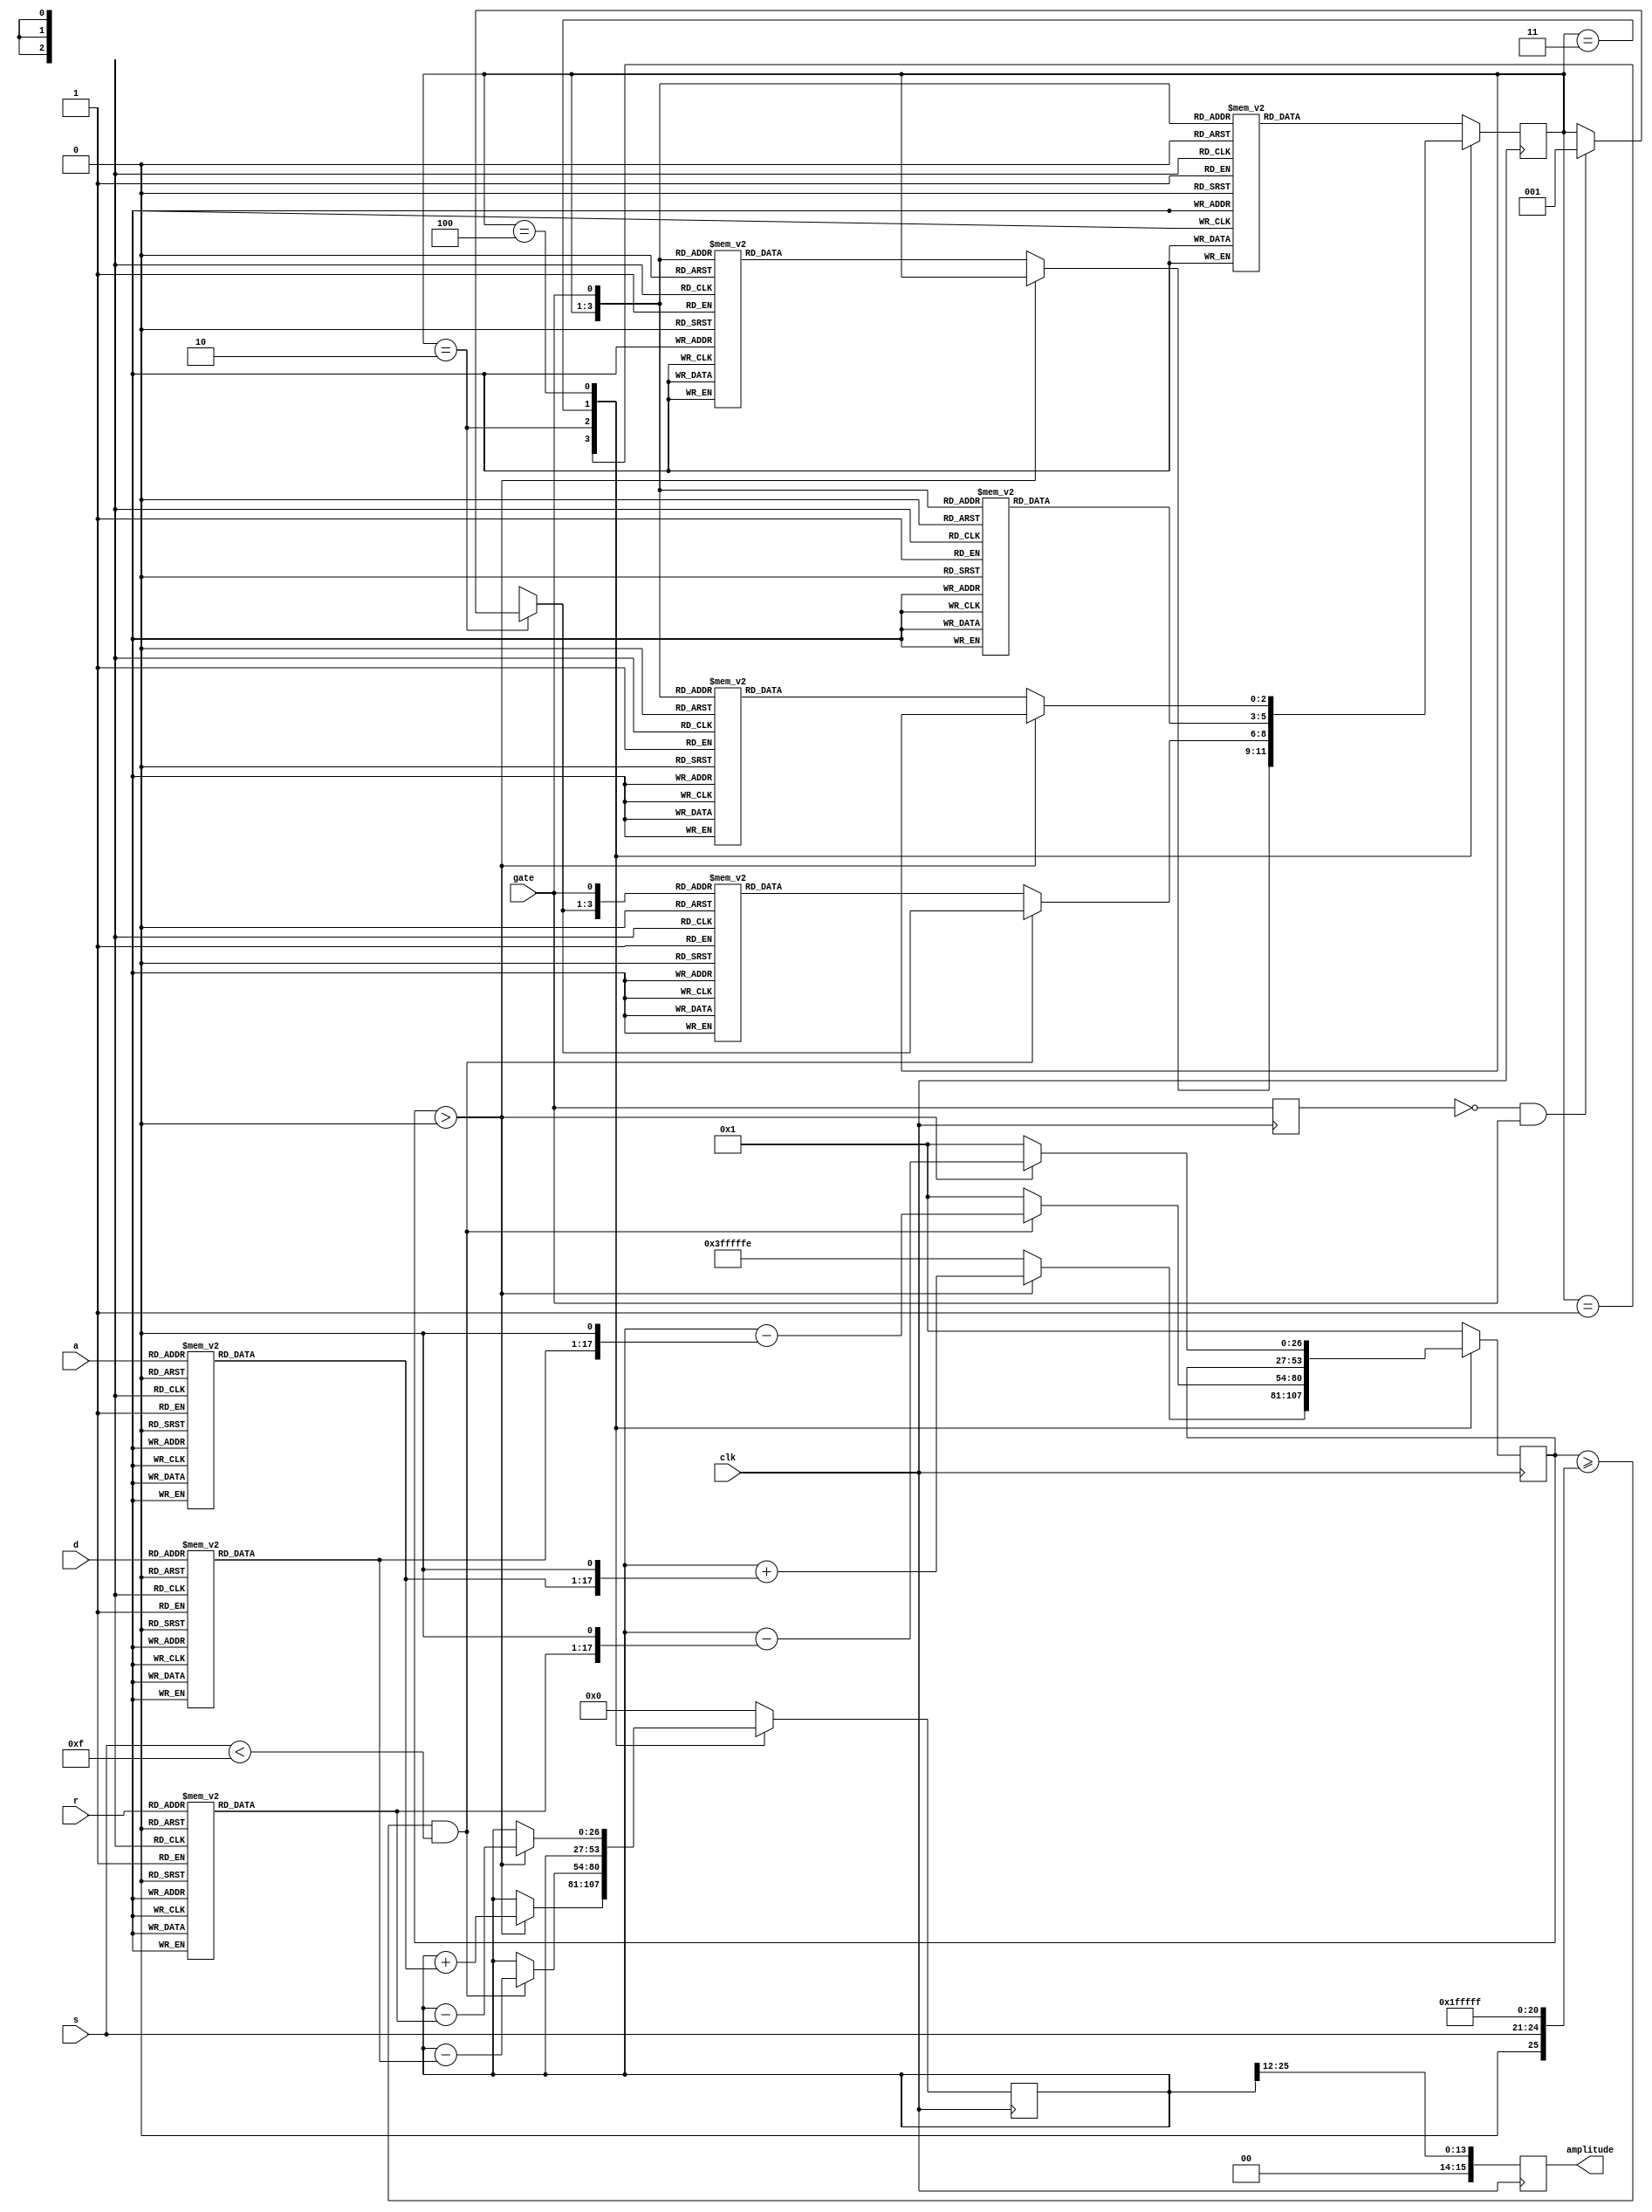
module envelope_generator #(
  parameter BITSIZE = 16,
  parameter SAMPLE_CLK_FREQ = 44100,
  parameter ACCUMULATOR_BITS = 26
) (
  input wire clk,
  input wire gate,
  input wire [3:0] a,
  input wire [3:0] d,
  input wire [3:0] s,
  input wire [3:0] r,
  output reg signed [BITSIZE-1:0] amplitude,
);

  localparam  ACCUMULATOR_SIZE = 2**ACCUMULATOR_BITS;
  reg signed [ACCUMULATOR_BITS:0] accumulator = 0;
  reg signed [ACCUMULATOR_BITS:0] future_accumulator = 1;

  `define CALCULATE_PHASE_INCREMENT(n) $rtoi(ACCUMULATOR_SIZE / (n * SAMPLE_CLK_FREQ))

  function [16:0] attack_table;
    input [3:0] param;
    begin
      case(param)
        4'b0000: attack_table = `CALCULATE_PHASE_INCREMENT(0.002);  // 33554
        4'b0001: attack_table = `CALCULATE_PHASE_INCREMENT(0.008);
        4'b0010: attack_table = `CALCULATE_PHASE_INCREMENT(0.016);
        4'b0011: attack_table = `CALCULATE_PHASE_INCREMENT(0.024);
        4'b0100: attack_table = `CALCULATE_PHASE_INCREMENT(0.038);
        4'b0101: attack_table = `CALCULATE_PHASE_INCREMENT(0.056);
        4'b0110: attack_table = `CALCULATE_PHASE_INCREMENT(0.068);
        4'b0111: attack_table = `CALCULATE_PHASE_INCREMENT(0.080);
        4'b1000: attack_table = `CALCULATE_PHASE_INCREMENT(0.100);
        4'b1001: attack_table = `CALCULATE_PHASE_INCREMENT(0.250);
        4'b1010: attack_table = `CALCULATE_PHASE_INCREMENT(0.500);
        4'b1011: attack_table = `CALCULATE_PHASE_INCREMENT(0.800);
        4'b1100: attack_table = `CALCULATE_PHASE_INCREMENT(1.000);
        4'b1101: attack_table = `CALCULATE_PHASE_INCREMENT(3.000);
        4'b1110: attack_table = `CALCULATE_PHASE_INCREMENT(5.000);
        4'b1111: attack_table = `CALCULATE_PHASE_INCREMENT(8.000);
        default: attack_table = 65535;
      endcase
    end
  endfunction


  // Incrementators modify on parameter change
  reg [16:0] attack_inc;
  always @(a) begin
    attack_inc <= attack_table(a);
  end

  reg [16:0] decay_inc;
  always @(d) begin
      decay_inc <= attack_table(d);
  end

  reg [16:0] release_inc;
  always @(r) begin
      release_inc <= attack_table(r);
  end

  reg signed [ACCUMULATOR_BITS:0] sustain_volume;
  always @(s) begin
      sustain_volume <= {1'b0, s, {(ACCUMULATOR_BITS-5){1'b1}} };
  end


  
  function [2:0] next_state;
    input [2:0] s;
    input g;
    begin
      case ({ s, g })
        { ATTACK,  1'b0 }: next_state = RELEASE;  /* attack, gate off => skip decay, sustain; go to release */
        { ATTACK,  1'b1 }: next_state = DECAY;    /* attack, gate still on => decay */
        { DECAY,   1'b0 }: next_state = RELEASE;  /* decay, gate off => skip sustain; go to release */
        { DECAY,   1'b1 }: next_state = SUSTAIN;  /* decay, gate still on => sustain */
        { SUSTAIN, 1'b0 }: next_state = RELEASE;  /* sustain, gate off => go to release */
        { SUSTAIN, 1'b1 }: next_state = SUSTAIN;  /* sustain, gate on => stay in sustain */
        { RELEASE, 1'b0 }: next_state = OFF;      /* release, gate off => end state */
        { RELEASE, 1'b1 }: next_state = ATTACK;   /* release, gate on => attack */
        { OFF,     1'b0 }: next_state = OFF;      /* end_state, gate off => stay in end state */
        { OFF,     1'b1 }: next_state = ATTACK;   /* end_state, gate on => attack */
        default: next_state = OFF;                /* default is end (off) state */
      endcase
    end
  endfunction


  // State machine
  localparam OFF     = 3'd0;
  localparam ATTACK  = 3'd1;
  localparam DECAY   = 3'd2;
  localparam SUSTAIN = 3'd3;
  localparam RELEASE = 3'd4;

  reg[2:0] state = OFF;

  reg last_gate;

  always @(posedge clk) begin
      
      amplitude <= {2'b00, accumulator[ACCUMULATOR_BITS-1 -: BITSIZE-2]};
      last_gate <= gate;
      case (state)
        ATTACK:
          begin
            if (future_accumulator > 0) begin
              accumulator <= accumulator + attack_inc;
              future_accumulator <= accumulator + (attack_inc << 1);
            end else begin
              future_accumulator <= (2**ACCUMULATOR_BITS-1)-1;
              state <= next_state(state, gate);
            end
          end
        DECAY:
          begin
            if (!last_gate && gate) begin
                state = ATTACK;
            end
            if (future_accumulator >= sustain_volume && s < 4'b1111) begin
                accumulator <= accumulator - decay_inc;
                future_accumulator <= accumulator - (decay_inc << 1);
            end else begin
                state <= next_state(state, gate);
                future_accumulator <= 1;
            end
          end
        SUSTAIN:
          begin
            state <= next_state(state, gate);
          end
        RELEASE:
          begin
            if (future_accumulator > 0) begin
                accumulator <= accumulator - release_inc;
                future_accumulator <= accumulator - (release_inc << 1);
            end else begin
                future_accumulator <= 1;
                state <= next_state(state, gate);
            end
          end
        default:
          begin
            accumulator <= 0;
            future_accumulator <= 1;
            state <= next_state(state, gate);
          end
      endcase

  end

endmodule